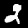
Digit: 2